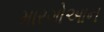
મારગોઆન